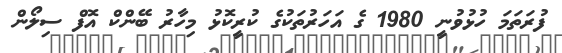
ފުރަތަމަ ހުޅުވުނީ 1980 ގެ އަހަރުތަކުގެ ކުރީކޮޅު މިހާރު ބޭންކް އޮފް ސިލޯން